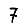
Digit: 7